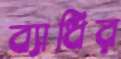
ব্যাধির